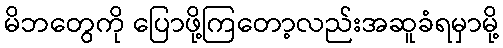
မိဘတွေကို ပြောဖို့ကြတော့လည်းအဆူခံရမှာမို့